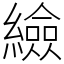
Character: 䌞